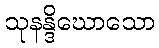
သုနန္ဒိဃောသော